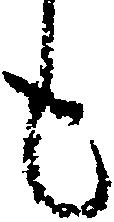
も